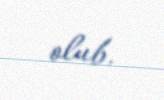
olub.